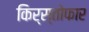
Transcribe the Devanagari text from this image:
किर्स्तोफार